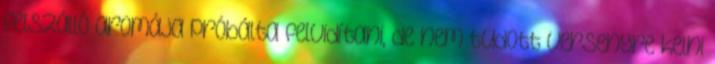
felszálló aromája próbálta felvidítani, de nem tudott versenyre kelni